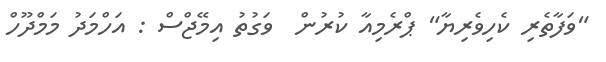
"ވަފާތެރި ކެހިވެރިޔާ" ޕްރެމިއާ ކުރުން  ވަގުތު އިމޭޖްސް : އަހްމަދު މަމްދޫހް